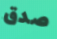
صدق